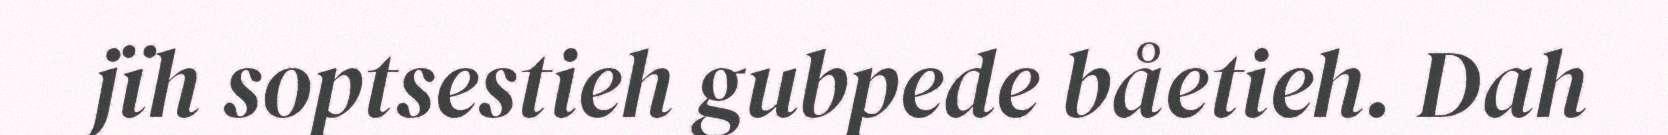
jïh soptsestieh gubpede båetieh. Dah